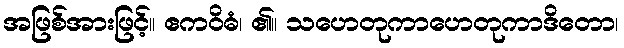
အဖြစ်အားဖြင့်။ ဧကဝိဓံ၊ ၏။ သဟေတုကာဟေတုကာဒိတော၊